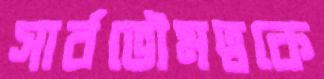
সার্বভৌমত্বকে